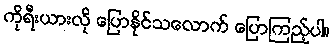
ကိုရီးယားလို ပြောနိုင်သလောက် ပြောကြည့်ပါ။